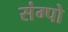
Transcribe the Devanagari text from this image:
संग्पो